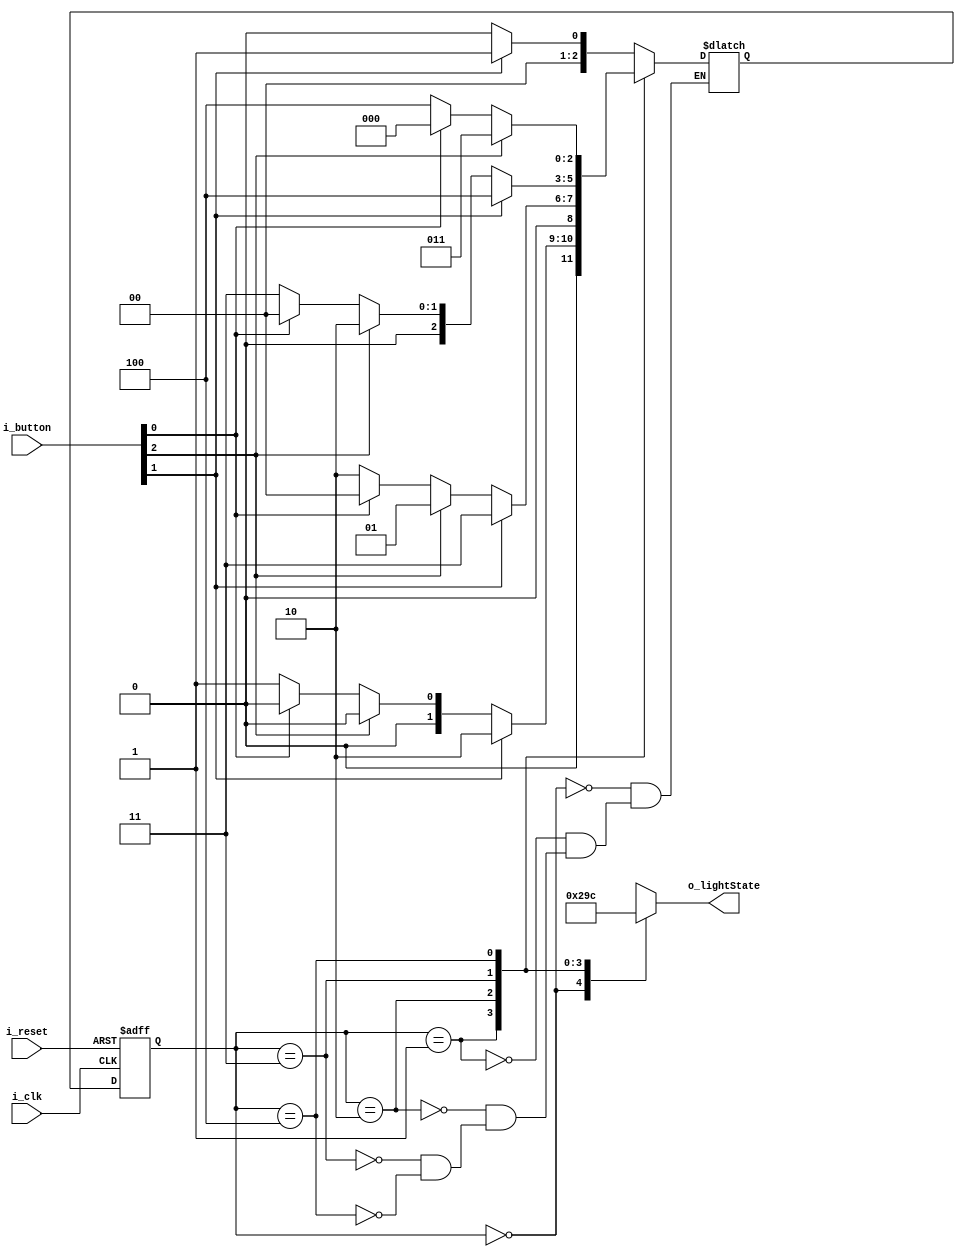
`timescale 1ns / 1ps

module LightMode(
    input i_clk,
    input i_reset,
    input [2:0] i_button,

    output [2:0] o_lightState
    );

    parameter S_0 = 3'd0,
              S_1 = 3'd1,
              S_2 = 3'd2,
              S_3 = 3'd3,
              S_4 = 3'd4;

    reg [2:0] curState, nextState;
    reg [2:0] r_lightState;
    assign o_lightState = r_lightState;

    always @(posedge i_clk or posedge i_reset) begin
        if (i_reset) curState <= S_0;
        else         curState <= nextState;
        
    end

    always @(curState  or i_button) begin
        case (curState)
            S_0 : begin
                if (i_button[1]) nextState <= S_1;
                else          nextState <= S_0;
            end
            S_1  : begin
                if (i_button[1]) nextState <= S_2;
                else if (i_button[2]) nextState <= S_0;
                else if (i_button[0]) nextState <= S_0;
                else          nextState <= S_1;
            end
             S_2  : begin
                if (i_button[1]) nextState <= S_3;
                else if (i_button[2]) nextState <= S_1;
                else if (i_button[0]) nextState <= S_0;
                else          nextState <= S_2;
            end
             S_3  : begin
                if (i_button[1]) nextState <= S_4;
                else if (i_button[2]) nextState <= S_2;
                else if (i_button[0]) nextState <= S_0;
                else          nextState <= S_3;
            end
             S_4  : begin
                if (i_button[2]) nextState <= S_3;
                else if (i_button[0]) nextState <= S_0;
                else          nextState <= S_4;
            end
        endcase
    end

    always @(curState) begin
        r_lightState <= 3'bxxx;
        case (curState)
            S_0 : r_lightState <= 3'd0;
            S_1 : r_lightState <= 3'd1;
            S_2 : r_lightState <= 3'd2;
            S_3 : r_lightState <= 3'd3;
            S_4 : r_lightState <= 3'd4;
        endcase
    end
endmodule